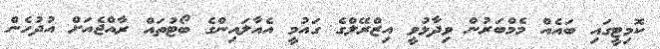
ކޮމިޓީގައި ބައެއް މެމްބަރުން ވިދާޅުވީ އިޒްރޭލްގެ ގައުމީ އެއާލައިންގެ ބޯޓުތައް ރާއްޖެއަށް އުދުހެން